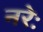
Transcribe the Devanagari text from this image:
नरेः